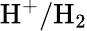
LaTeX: \mathrm{H^{+}/H_{2}}